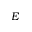
E